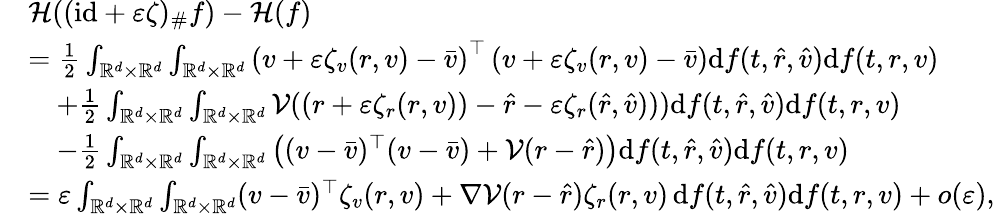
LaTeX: \begin{array}{rl}&{\mathcal H((\mathrm{id}+\varepsilon\zeta)_{\# }f)-\mathcal H(f)}\\ &{=\frac{1}{2}\int_{\mathbb R^{d}\times\mathbb R^{d}}\int_{\mathbb R^{d}\times\mathbb R^{d}}\left(v+\varepsilon\zeta_{v}(r,v)-\bar{v}\right)^{\top}\left(v+\varepsilon\zeta_{v}(r,v)-\bar{v}\right)\mathrm df(t,\hat{r},\hat{v})\mathrm df(t,r,v)}\\ &{\quad+\frac{1}{2}\int_{\mathbb R^{d}\times\mathbb R^{d}}\int_{\mathbb R^{d}\times\mathbb R^{d}}\mathcal V((r+\varepsilon\zeta_{r}(r,v))-\hat{r}-\varepsilon\zeta_{r}(\hat{r},\hat{v})))\mathrm df(t,\hat{r},\hat{v})\mathrm df(t,r,v)}\\ &{\quad-\frac{1}{2}\int_{\mathbb R^{d}\times\mathbb R^{d}}\int_{\mathbb R^{d}\times\mathbb R^{d}}\left((v-\bar{v})^{\top}(v-\bar{v})+\mathcal V(r-\hat{r})\right)\mathrm df(t,\hat{r},\hat{v})\mathrm df(t,r,v)}\\ &{=\varepsilon\int_{\mathbb R^{d}\times\mathbb R^{d}}\int_{\mathbb R^{d}\times\mathbb R^{d}}(v-\bar{v})^{\top}\zeta_{v}(r,v)+\nabla\mathcal V(r-\hat{r})\zeta_{r}(r,v)\, \mathrm df(t,\hat{r},\hat{v})\mathrm df(t,r,v)+o(\varepsilon),}\end{array}